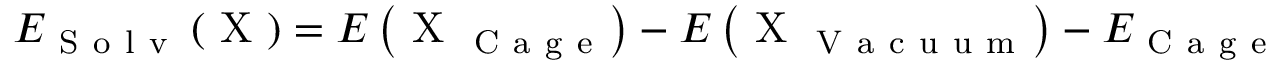
E _ { \mathrm { ~ S ~ o ~ l ~ v ~ } } \left( \mathrm { ~ X ~ } \right) = E \left( \mathrm { ~ X ~ } _ { \mathrm { ~ C ~ a ~ g ~ e ~ } } \right) - E \left( \mathrm { ~ X ~ } _ { \mathrm { ~ V ~ a ~ c ~ u ~ u ~ m ~ } } \right) - E _ { \mathrm { ~ C ~ a ~ g ~ e ~ } }